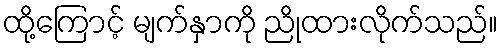
ထို့ကြောင့် မျက်နှာကို ညိုထားလိုက်သည်။